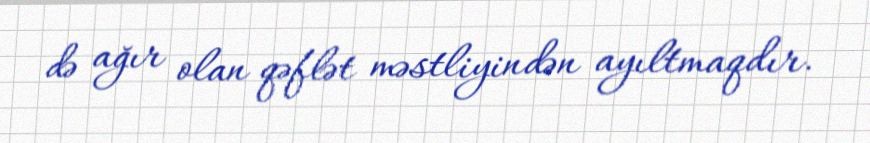
də ağır olan qəflət məstliyindən ayıltmaqdır.